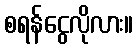
စရန်ငွေလိုလား။